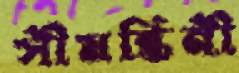
সীমন্তিনী